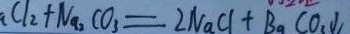
. . C l _ { 2 } + N a _ { 2 } C O _ { 3 } = 2 N a C l + B a C O _ { 3 } \downarrow